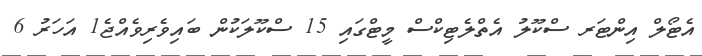
އެޓޯލް އިންޓަރ ސްކޫލު އެތްލެޓިކްސް މީޓްގައި 15 ސްކޫލަކުން ބައިވެރިވެއްޖެ1 އަހަރު 6